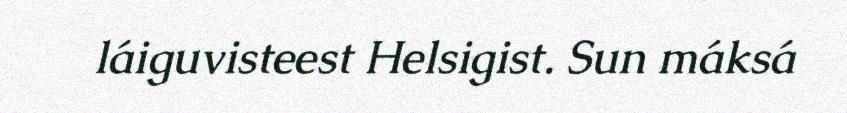
láiguvisteest Helsigist. Sun máksá